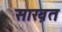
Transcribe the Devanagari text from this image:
साख़त